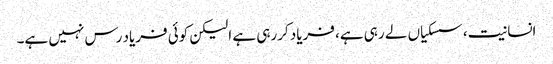
انسانیت، سسکیاں لے رہی ہے، فریاد کررہی ہے الیکن کوئی فریاد رس نہیں ہے۔